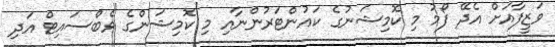
ވަޒީފާއަށް އެދޭ ފޯމު މި ކޮމިޝަނުގެ ކައުންޓަރުންނާއި މި ކޮމިޝަންގެ ވެބްސައިޓް އަދި